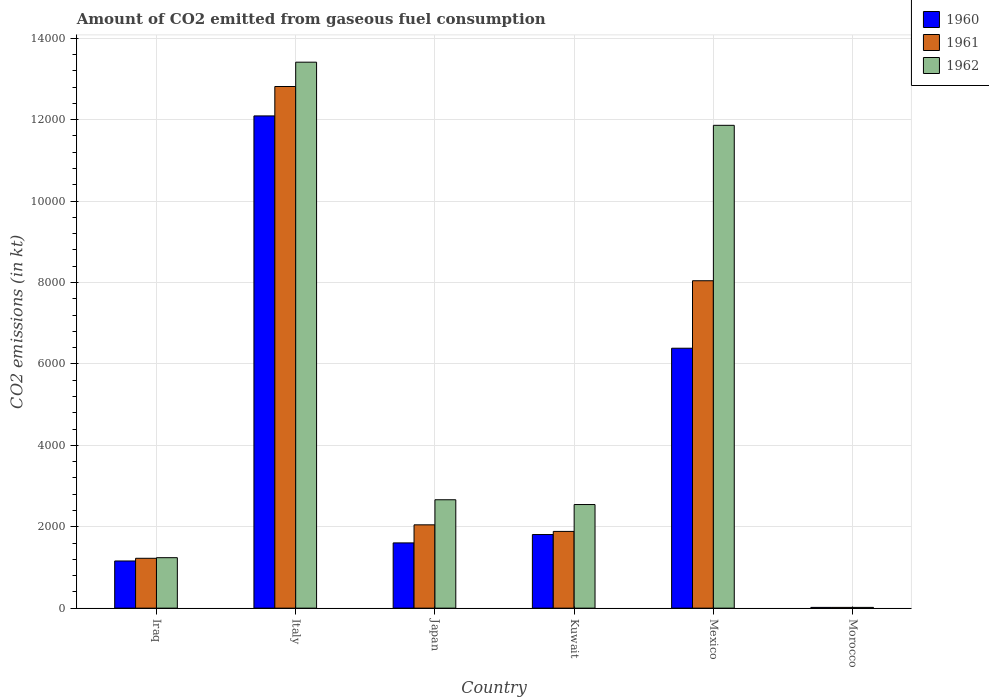
| Country | 1960 | 1961 | 1962 |
 | --- | --- | --- | --- |
 | Iraq | 1.16e+03 | 1.22e+03 | 1.24e+03 |
 | Italy | 1.21e+04 | 1.28e+04 | 1.34e+04 |
 | Japan | 1.6e+03 | 2.05e+03 | 2.66e+03 |
 | Kuwait | 1.81e+03 | 1.88e+03 | 2.54e+03 |
 | Mexico | 6.38e+03 | 8.04e+03 | 1.19e+04 |
 | Morocco | 18.3 | 18.3 | 18.3 |